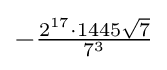
-{\tfrac {2^{17}\cdot 1445{\sqrt {7}}}{7^{3}}}